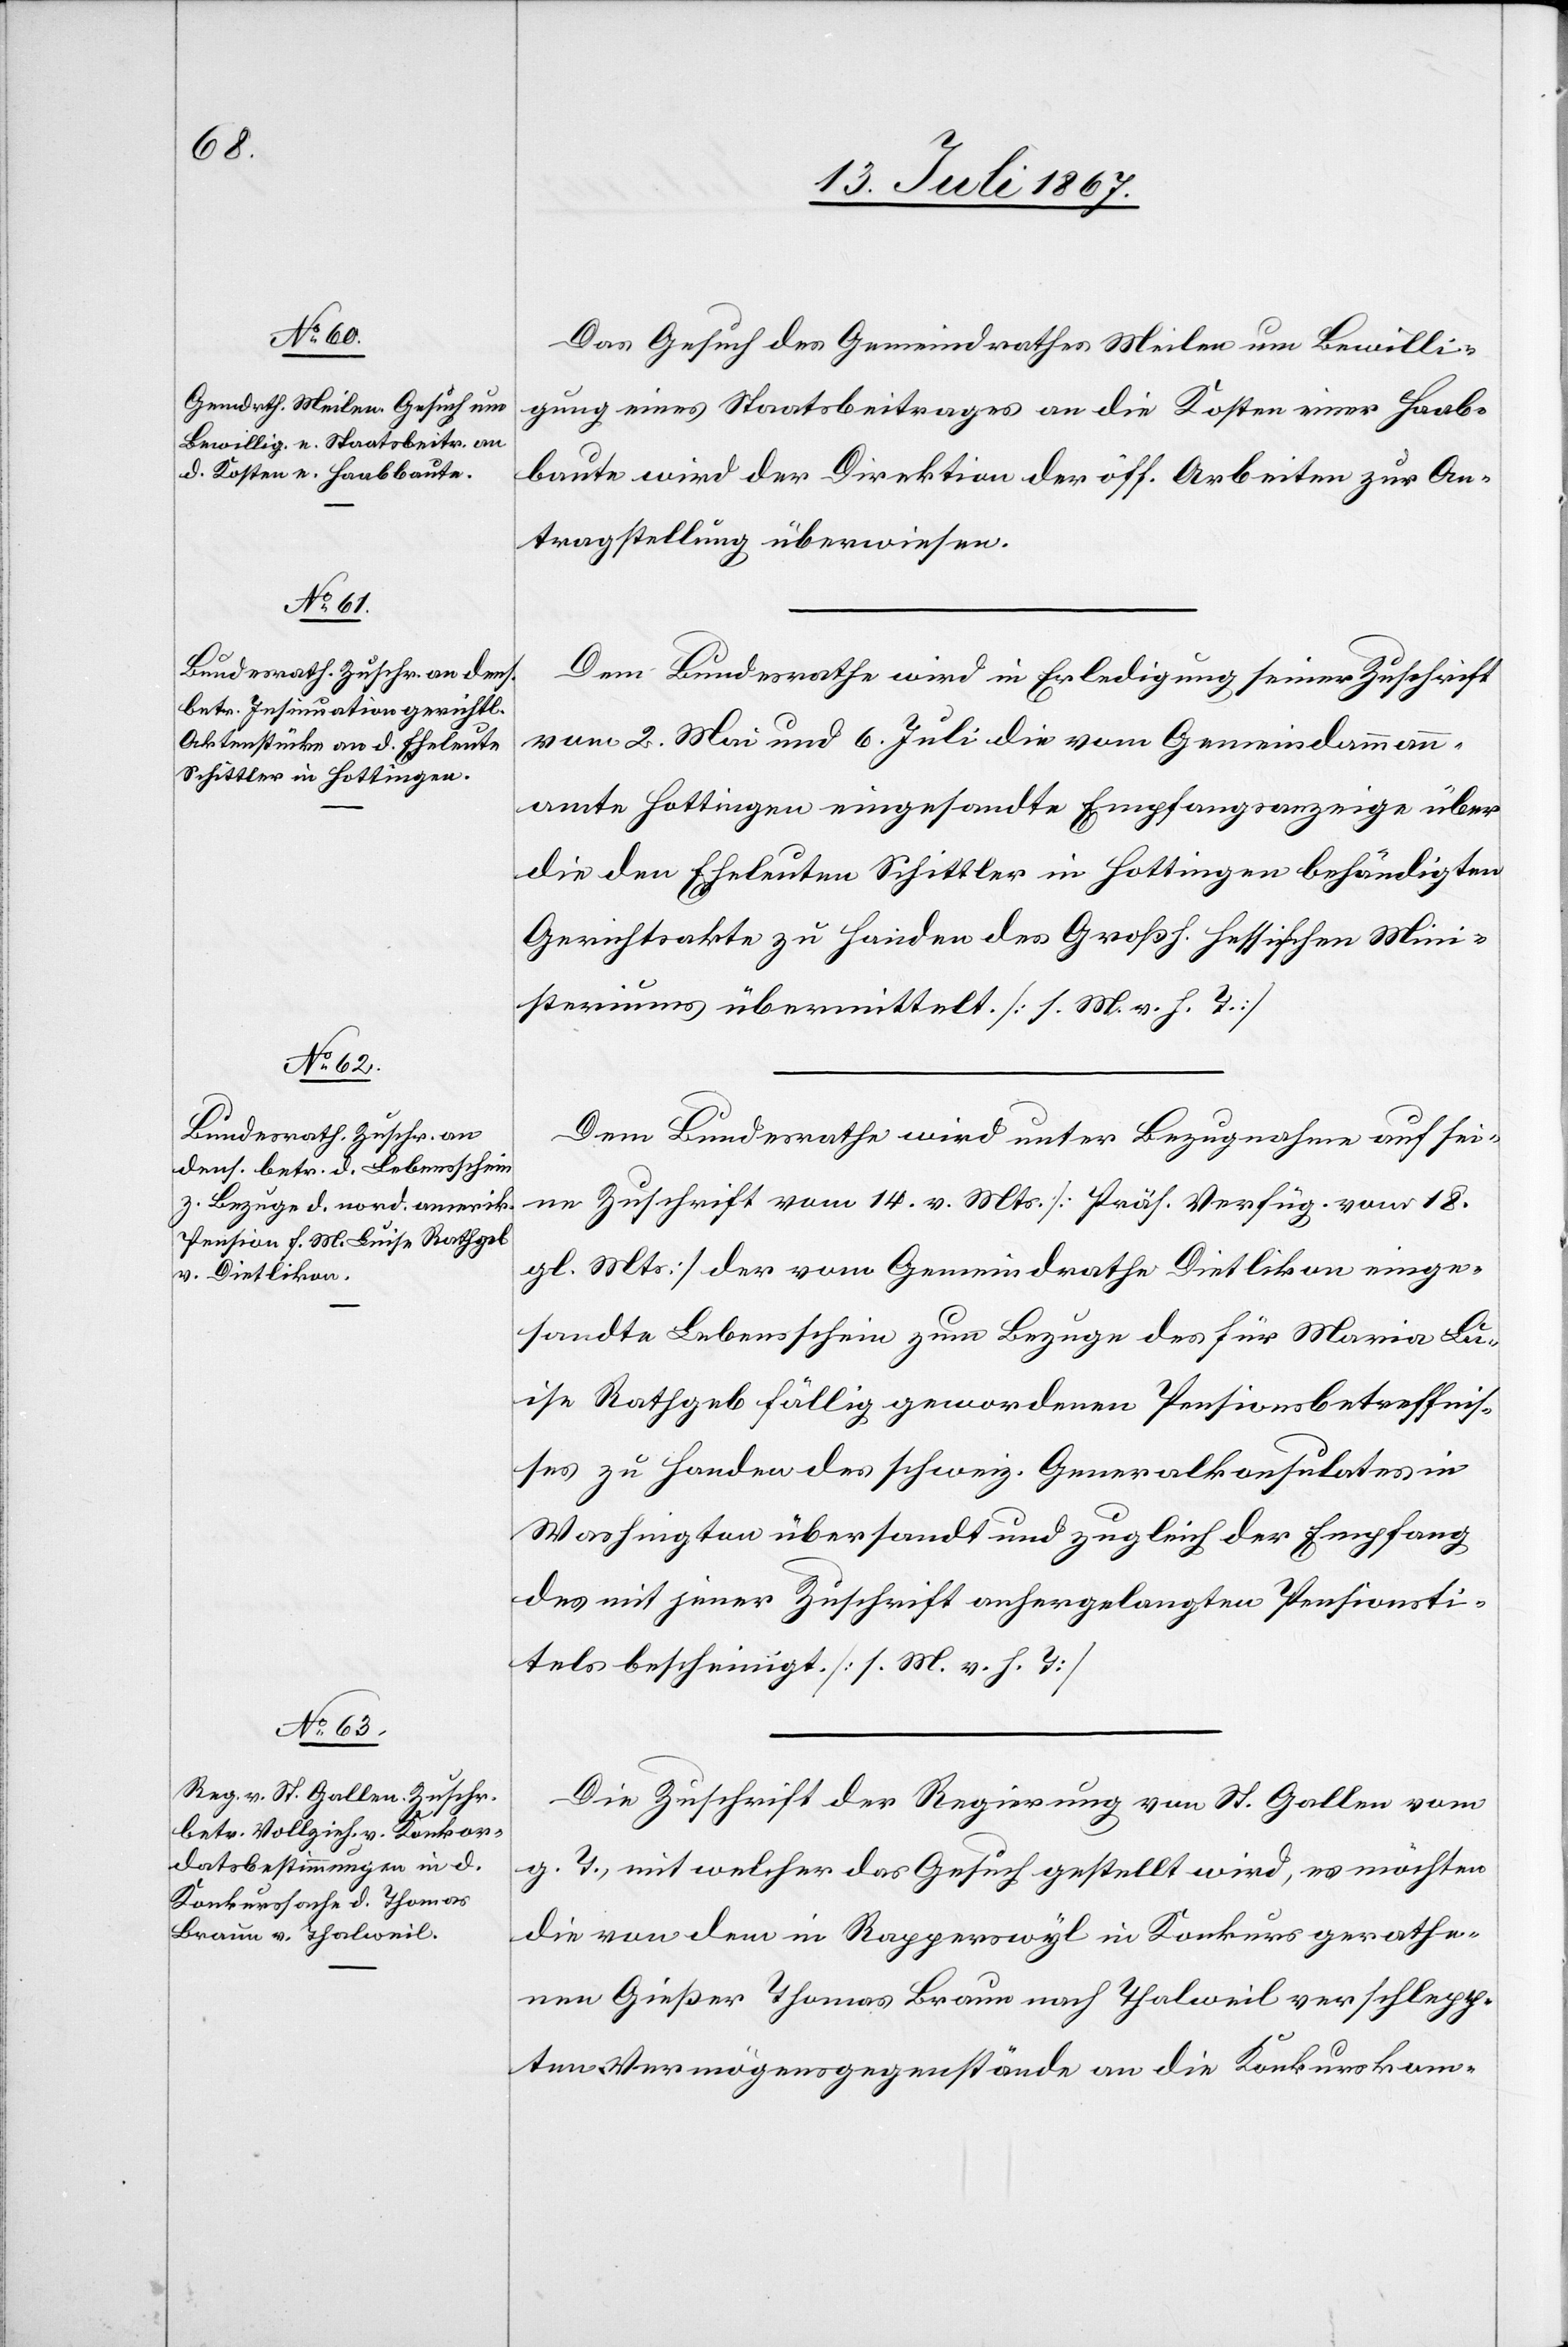
20. Juli 1867.]
Das Gesuch des Gemeindrathes Meilen um Bewilli¬
gung eines Staatsbeitrages an die Kosten einer Haab¬
baute wird der Direktion der öff. Arbeiten zur An¬
tragstellung überwiesen.
Dem Bundesrathe wird in Erledigung seiner Zuschrift
vom 2. Mai und 6. Juli die vom Gemeindammann¬
amte Hottingen eingesandte Empfangsanzeige über
die den Eheleuten Schittler in Hottingen behändigten
Gerichtsakte zu Handen des Großh. Hessischen Mini¬
steriums übermittelt. [l. M. v. h. T.]
Dem Bundesrathe wird unter Bezugnahme auf sei¬
ne Zuschrift vom 14. v. Mts. [Präs. Verfüg. vom 18.
gl. Mts] der vom Gemeindrathe Dietlikon einge¬
sandte Lebensschein zum Bezuge des für Maria Lu¬
ise Rathgeb fällig gewordenen Pensionsbetreffnis¬
ses zu Handen des schweiz. Generalkonsulates in
Washington übersandt und zugleich der Empfang
des mit jener Zuschrift anhergelangten Pensionsti¬
tels bescheinigt. [l. M. v. h. T.]
Die Zuschrift der Regierung von St. Gallen vom
g. T., mit welcher das Gesuch gestellt wird, es möchten
die von dem in Rapperswyl in Konkurs gerathe¬
nen Gießer Thomas Braun nach Thalweil verschlepp¬
ten Vermögensgegenstände an die Konkurskom-